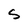
Character: s